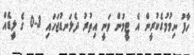
ހާފު ނިމުމުގެކުރީން އެ ޓީމުން ވަނީ އިތުރު ދެލަނޑުޖަހައި 3-0 ގެ ލީޑެއް